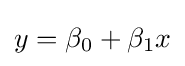
y=\beta _{0}+\beta _{1}x